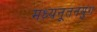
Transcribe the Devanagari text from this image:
मध्यनूतनयुग